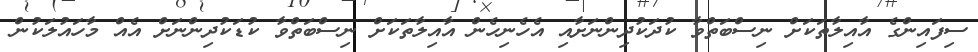
ސިފައިންގެ އާއިލާތަކަށް ނިސްބަތްވާ ކުދަކުދިންނަށާއި އެހެނިހެން އާއިލާތަކަށް ނިސްބަތްވާ ކުޑަކުދިންނަށް އެއް މާހައުލަކުން